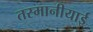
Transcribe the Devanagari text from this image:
तस्मानीयाई